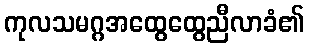
ကုလသမဂ္ဂအထွေထွေညီလာခံ၏